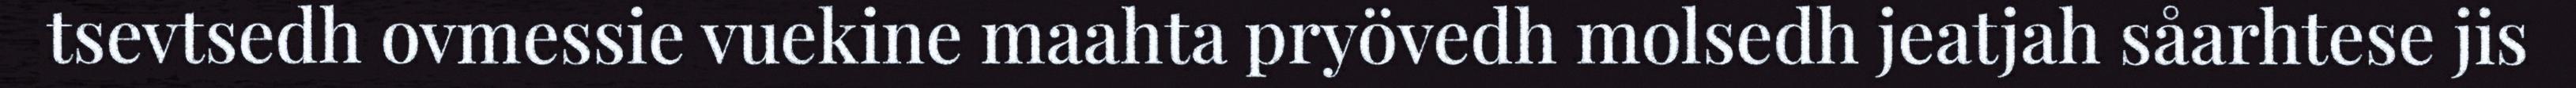
tsevtsedh ovmessie vuekine maahta pryövedh molsedh jeatjah såarhtese jis